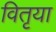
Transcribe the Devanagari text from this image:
वितृया